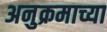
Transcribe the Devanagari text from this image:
अनुक्रमाच्या